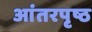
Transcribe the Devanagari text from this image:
आंतरपृष्ठ